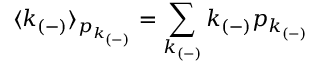
\langle k _ { ( - ) } \rangle _ { p _ { k _ { ( - ) } } } = \sum _ { k _ { ( - ) } } k _ { ( - ) } p _ { k _ { ( - ) } }